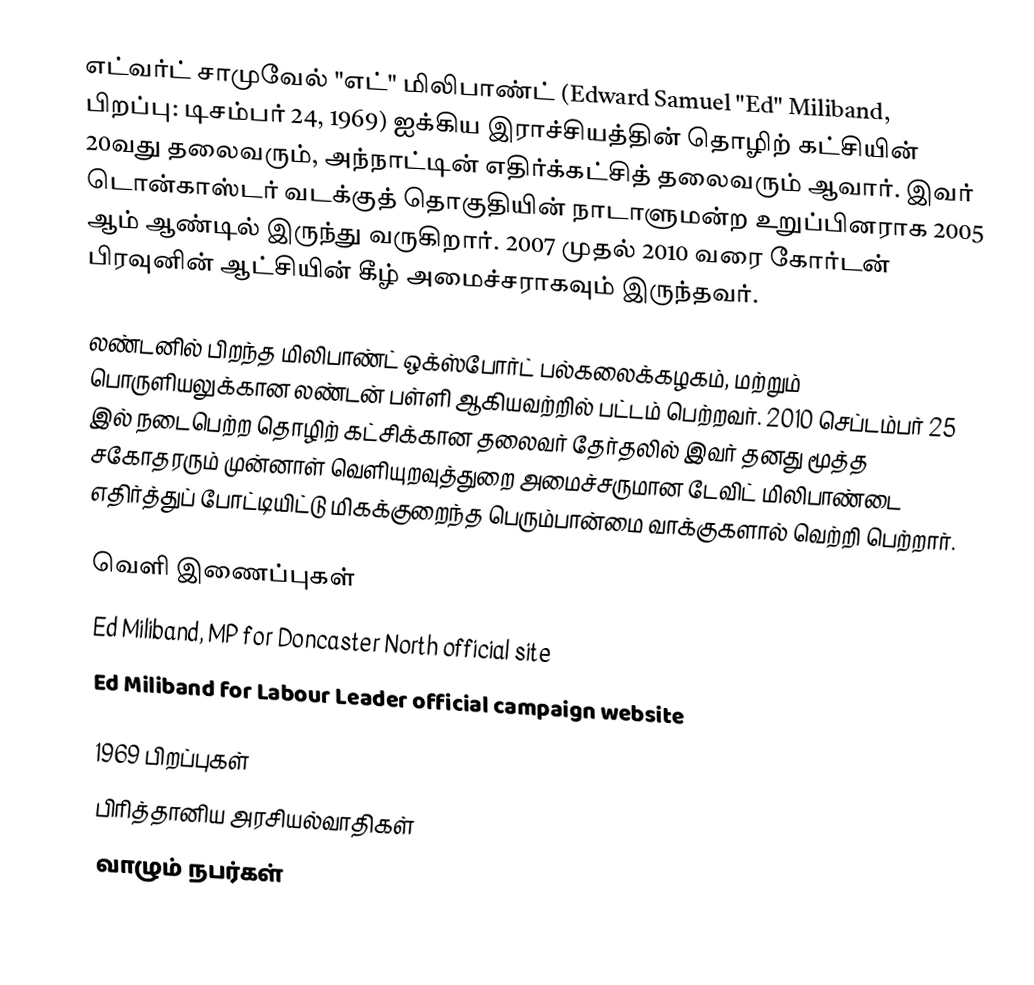
எட்வர்ட் சாமுவேல் "எட்" மிலிபாண்ட் (Edward Samuel "Ed" Miliband, பிறப்பு: டிசம்பர் 24, 1969) ஐக்கிய இராச்சியத்தின் தொழிற் கட்சியின் 20வது தலைவரும், அந்நாட்டின் எதிர்க்கட்சித் தலைவரும் ஆவார். இவர் டொன்காஸ்டர் வடக்குத் தொகுதியின் நாடாளுமன்ற உறுப்பினராக 2005 ஆம் ஆண்டில் இருந்து வருகிறார். 2007 முதல் 2010 வரை கோர்டன் பிரவுனின் ஆட்சியின் கீழ் அமைச்சராகவும் இருந்தவர்.

லண்டனில் பிறந்த மிலிபாண்ட் ஒக்ஸ்போர்ட் பல்கலைக்கழகம், மற்றும் பொருளியலுக்கான லண்டன் பள்ளி ஆகியவற்றில் பட்டம் பெற்றவர். 2010 செப்டம்பர் 25 இல் நடைபெற்ற தொழிற் கட்சிக்கான தலைவர் தேர்தலில் இவர் தனது மூத்த சகோதரரும் முன்னாள் வெளியுறவுத்துறை அமைச்சருமான டேவிட் மிலிபாண்டை எதிர்த்துப் போட்டியிட்டு மிகக்குறைந்த பெரும்பான்மை வாக்குகளால் வெற்றி பெற்றார்.

வெளி இணைப்புகள்
 Ed Miliband, MP for Doncaster North  official site
 Ed Miliband for Labour Leader  official campaign website

1969 பிறப்புகள்
பிரித்தானிய அரசியல்வாதிகள்
வாழும் நபர்கள்